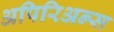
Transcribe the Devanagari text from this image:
अपिरिअन्स